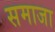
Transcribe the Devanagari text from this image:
समाजा